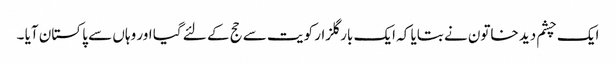
ایک چشم دید خاتون نے بتایا کہ ایک بار گلزار کویت سے حج کے لئے گیا اور وہاں سے پا کستان آیا ۔